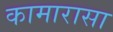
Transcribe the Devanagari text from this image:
कामारासा